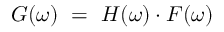
G ( \omega ) ~ = ~ H ( \omega ) \cdot F ( \omega )